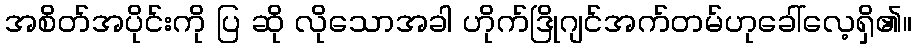
အစိတ်အပိုင်းကို ပြ ဆို လိုသောအခါ ဟိုက်ဒြိုဂျင်အက်တမ်ဟုခေါ်လေ့ရှိ၏။